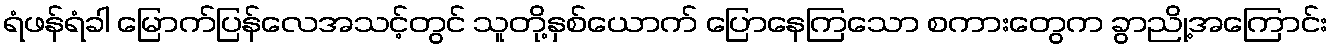
ရံဖန်ရံခါ မြောက်ပြန်လေအသင့်တွင် သူတို့နှစ်ယောက် ပြောနေကြသော စကားတွေက ခွာညို့အကြောင်း